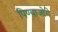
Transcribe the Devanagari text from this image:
पिण्याजोगे